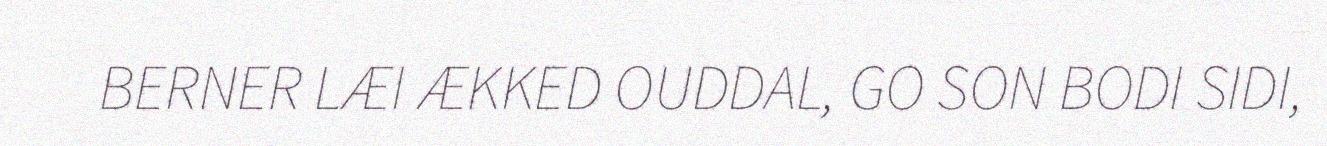
BERNER LÆI ÆKKED OUDDAL, GO SON BODI SIDI,